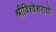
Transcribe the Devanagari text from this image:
श्रीविश्वेशरायो